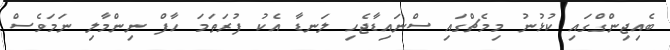
ބެއިޖިންގްގައި ކުޅުނު މިމެޗްގައި ސްނައިޑާޖެހި ލަނޑާ އެކު ފުރަތަމަ ހާފް ނިންމާލި ނަމަވެސް